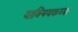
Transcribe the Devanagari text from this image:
याविषयकच्या